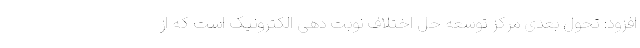
افزود: تحول بعدی مرکز توسعه حل اختلاف نوبت دهی الکترونیک است که از